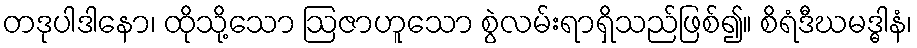
တဒုပါဒါနော၊ ထိုသို့သော ဩဇာဟူသော စွဲလမ်းရာရှိသည်ဖြစ်၍။ စိရံဒီဃမဒ္ဓါနံ၊